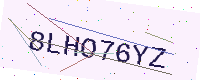
Text: 8LHO76YZ